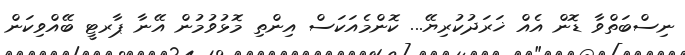
ނިސްބަތްވާ ޑޮން އެއް ޚަރަދުކުރިޔޭ... ކޮންމެއަކަސް އިންތި މޮޅުވުމުން އޭނާ ޕާރޓީ ބޭއްވިކަން